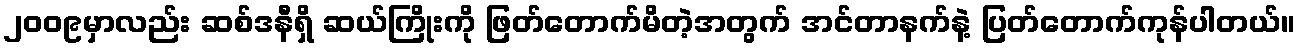
၂၀၀၉မှာလည်း ဆစ်ဒနီရှိ ဆယ်ကြိုးကို ဖြတ်တောက်မိတဲ့အတွက် အင်တာနက်နဲ့ ပြတ်တောက်ကုန်ပါတယ်။